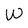
Character: w